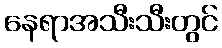
နေရာအသီးသီးတွင်